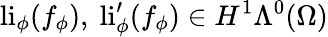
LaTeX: \mathrm{li}_{\phi}(f_{\phi}),\ \mathrm{li}_{\phi}^{\prime}(f_{\phi})\in H^{1}\Lambda^{0}(\Omega)